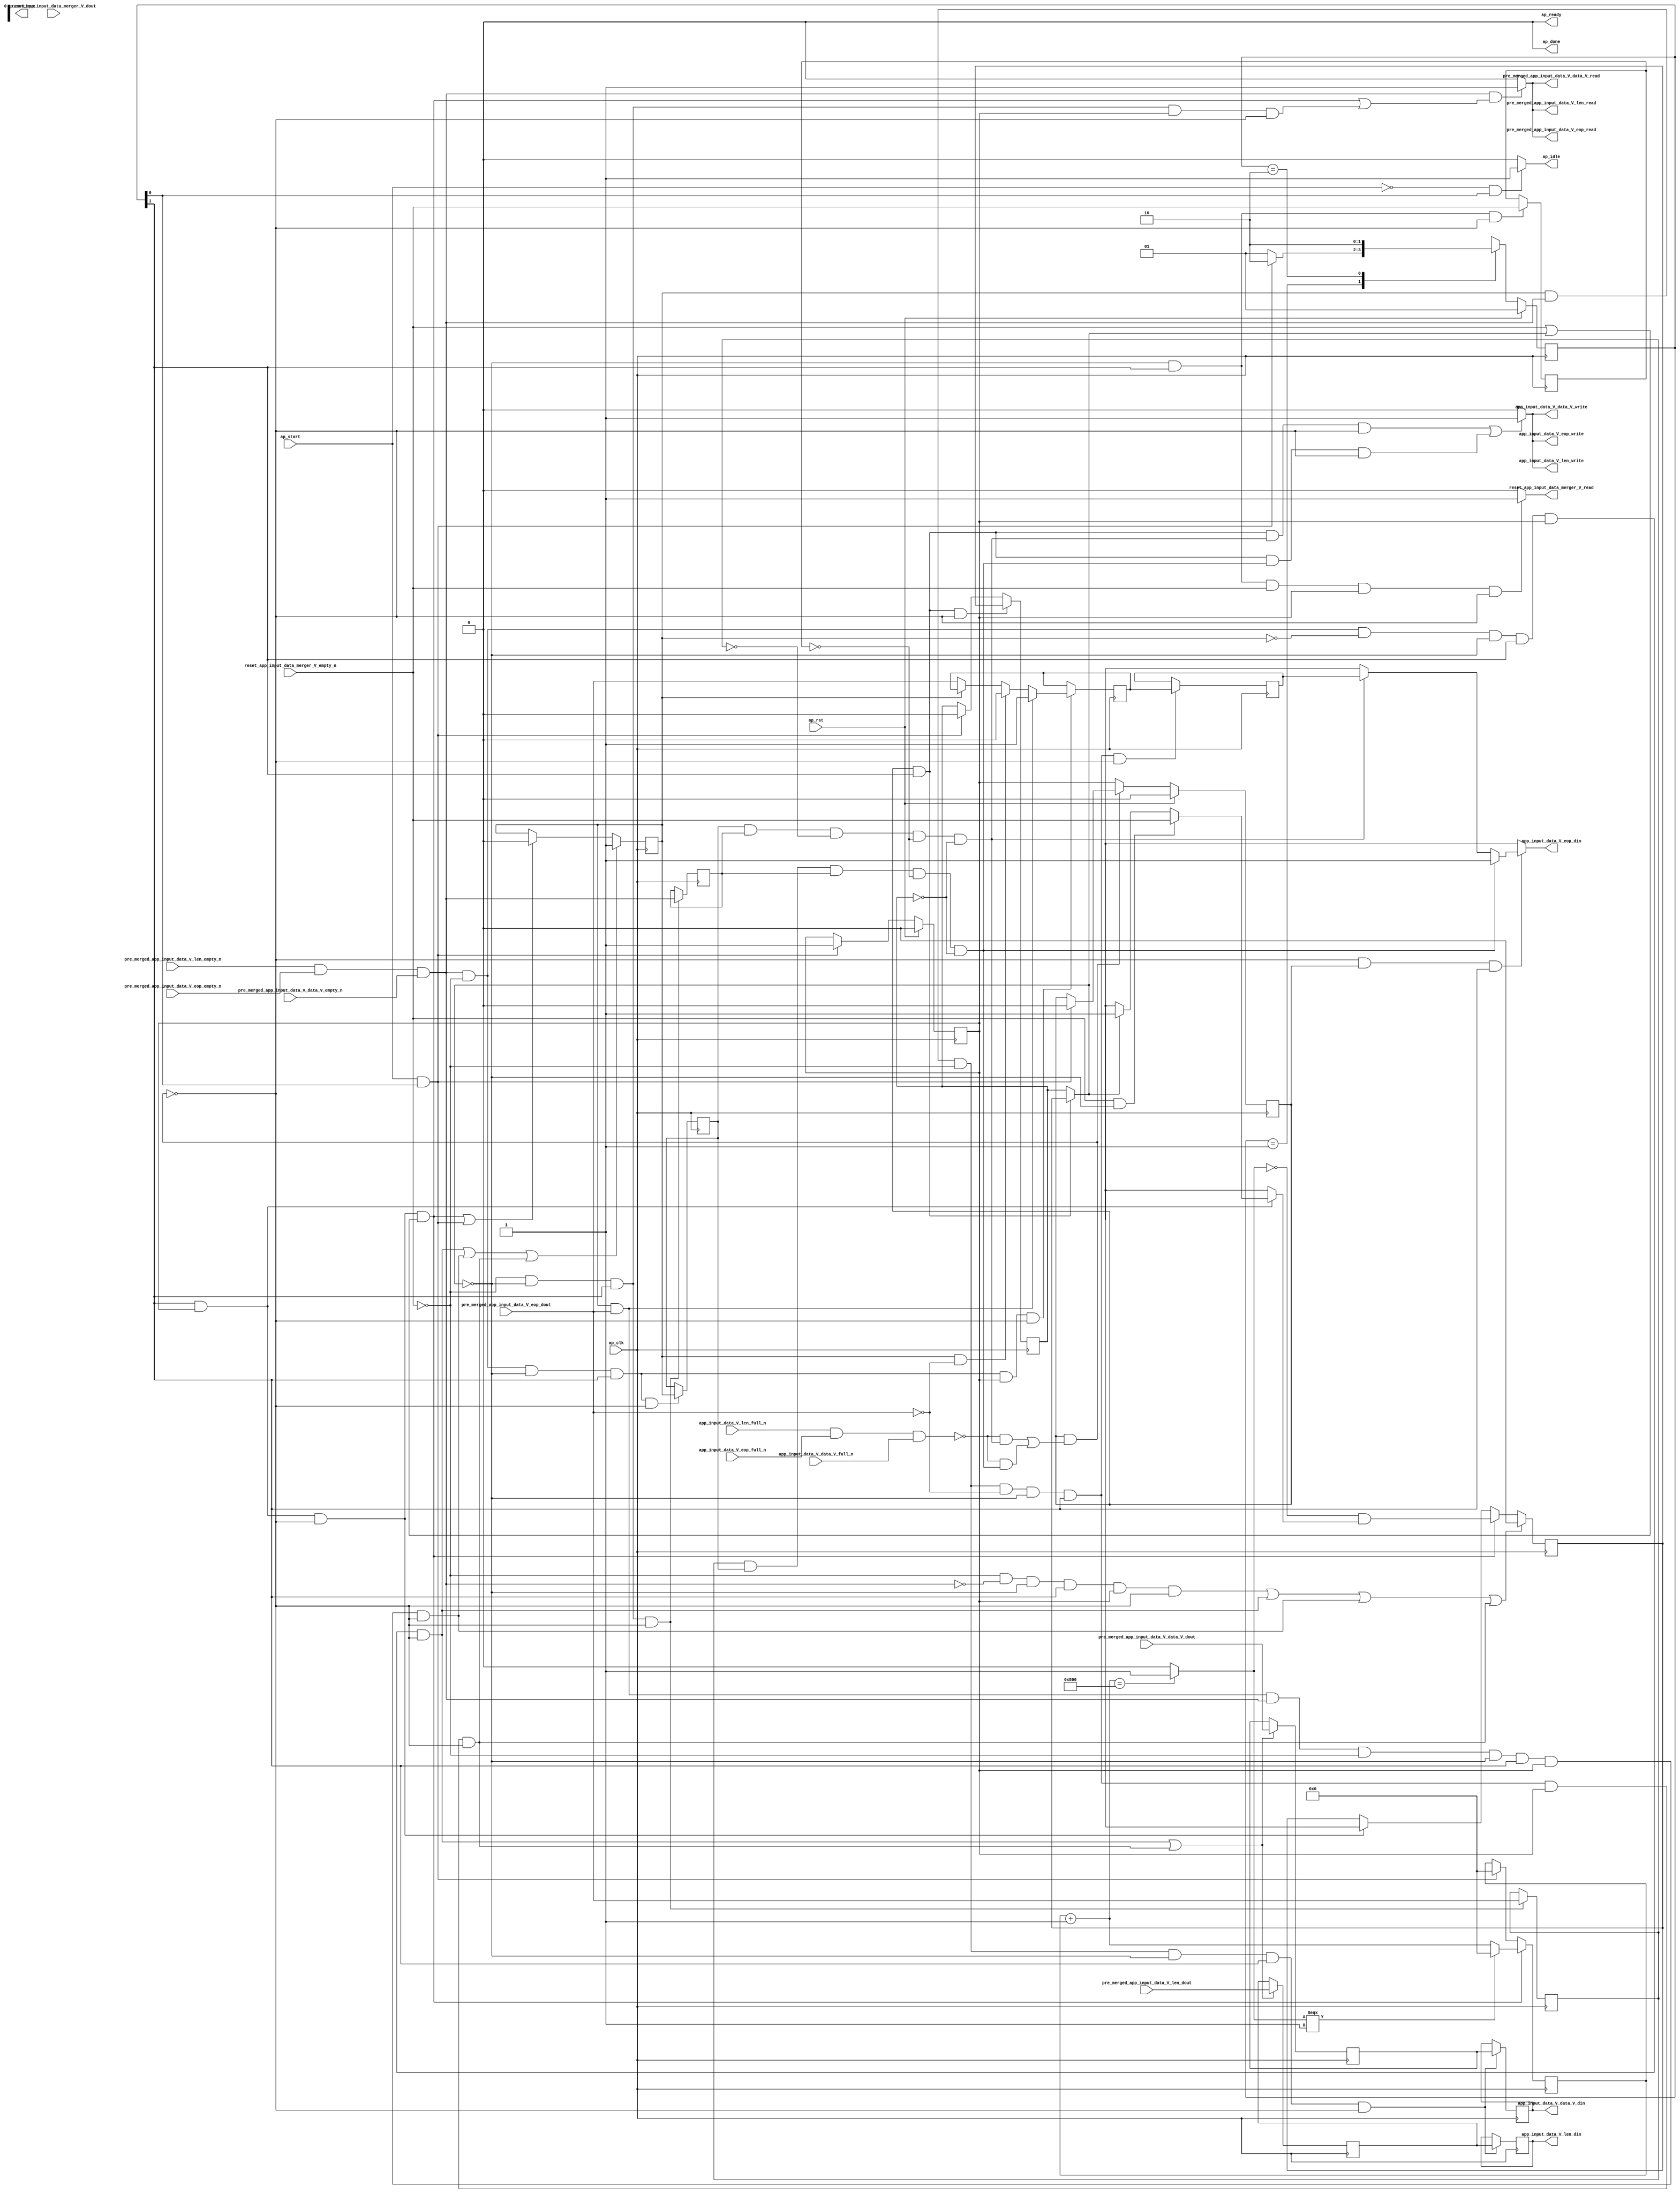
// ==============================================================
// RTL generated by Vivado(TM) HLS - High-Level Synthesis from C, C++ and SystemC
// Version: 2017.4.op
// Copyright (C) 1986-2018 Xilinx, Inc. All Rights Reserved.
// 
// ===========================================================

`timescale 1 ns / 1 ps 

(* CORE_GENERATION_INFO="app_input_data_merger,hls_ip_2017_4_op,{HLS_INPUT_TYPE=cxx,HLS_INPUT_FLOAT=0,HLS_INPUT_FIXED=0,HLS_INPUT_PART=xcvu9p-flgb2104-2-i,HLS_INPUT_CLOCK=4.000000,HLS_INPUT_ARCH=others,HLS_SYN_CLOCK=2.997000,HLS_SYN_LAT=-1,HLS_SYN_TPT=none,HLS_SYN_MEM=0,HLS_SYN_DSP=0,HLS_SYN_FF=1101,HLS_SYN_LUT=337}" *)

module app_input_data_merger (
        ap_clk,
        ap_rst,
        ap_start,
        ap_done,
ap_continue,
        ap_idle,
        ap_ready,
        pre_merged_app_input_data_V_data_V_dout,
        pre_merged_app_input_data_V_data_V_empty_n,
        pre_merged_app_input_data_V_data_V_read,
        pre_merged_app_input_data_V_len_dout,
        pre_merged_app_input_data_V_len_empty_n,
        pre_merged_app_input_data_V_len_read,
        pre_merged_app_input_data_V_eop_dout,
        pre_merged_app_input_data_V_eop_empty_n,
        pre_merged_app_input_data_V_eop_read,
        app_input_data_V_data_V_din,
        app_input_data_V_data_V_full_n,
        app_input_data_V_data_V_write,
        app_input_data_V_len_din,
        app_input_data_V_len_full_n,
        app_input_data_V_len_write,
        app_input_data_V_eop_din,
        app_input_data_V_eop_full_n,
        app_input_data_V_eop_write,
        reset_app_input_data_merger_V_dout,
        reset_app_input_data_merger_V_empty_n,
        reset_app_input_data_merger_V_read
);

parameter    ap_ST_fsm_state1 = 2'd1;
parameter    ap_ST_fsm_pp0_stage0 = 2'd2;

input   ap_clk;
input   ap_rst;
input   ap_start;
output   ap_done;
output   ap_idle;
output ap_ready; output ap_continue;
input  [511:0] pre_merged_app_input_data_V_data_V_dout;
input   pre_merged_app_input_data_V_data_V_empty_n;
output   pre_merged_app_input_data_V_data_V_read;
input  [15:0] pre_merged_app_input_data_V_len_dout;
input   pre_merged_app_input_data_V_len_empty_n;
output   pre_merged_app_input_data_V_len_read;
input   pre_merged_app_input_data_V_eop_dout;
input   pre_merged_app_input_data_V_eop_empty_n;
output   pre_merged_app_input_data_V_eop_read;
output  [511:0] app_input_data_V_data_V_din;
input   app_input_data_V_data_V_full_n;
output   app_input_data_V_data_V_write;
output  [15:0] app_input_data_V_len_din;
input   app_input_data_V_len_full_n;
output   app_input_data_V_len_write;
output   app_input_data_V_eop_din;
input   app_input_data_V_eop_full_n;
output   app_input_data_V_eop_write;
input   reset_app_input_data_merger_V_dout;
input   reset_app_input_data_merger_V_empty_n;
output   reset_app_input_data_merger_V_read;

reg ap_idle;
reg app_input_data_V_eop_din;
reg reset_app_input_data_merger_V_read;

(* fsm_encoding = "none" *) reg   [1:0] ap_CS_fsm;
wire    ap_CS_fsm_state1;
reg    app_input_data_V_data_V_blk_n;
wire    ap_CS_fsm_pp0_stage0;
reg    ap_enable_reg_pp0_iter1;
wire    ap_block_pp0_stage0;
reg   [0:0] reset_reg_190;
reg   [0:0] empty_n_3_reg_381;
reg   [0:0] empty_n_2_reg_385;
reg   [0:0] has_delayed_app_load_reg_393;
reg   [0:0] tmp_eop_2_reg_389;
reg    app_input_data_V_len_blk_n;
reg    app_input_data_V_eop_blk_n;
reg   [0:0] reset_3_reg_212;
wire   [0:0] empty_n_3_fu_256_p1;
wire    ap_block_state2_pp0_stage0_iter0;
wire    app_input_data_V_len1_status;
reg    ap_predicate_op71_write_state3;
reg    ap_predicate_op72_write_state3;
reg    ap_block_state3_pp0_stage0_iter1;
reg    ap_block_pp0_stage0_11001;
reg   [0:0] ap_phi_mux_reset_phi_fu_194_p4;
wire   [0:0] empty_n_2_fu_261_p1;
wire   [0:0] tmp_eop_2_fu_275_p1;
wire   [0:0] has_delayed_app_load_load_fu_279_p1;
reg   [511:0] tmp_data_V_load_reg_397;
reg   [15:0] tmp_len_load_reg_402;
reg   [0:0] tmp_eop_load_reg_407;
reg    ap_enable_reg_pp0_iter0;
reg    ap_block_pp0_stage0_subdone;
reg   [0:0] ap_phi_mux_reset_1_phi_fu_205_p4;
wire   [0:0] ap_phi_reg_pp0_iter0_reset_1_reg_202;
wire   [0:0] p_reset_1_fu_327_p2;
wire   [0:0] ap_phi_reg_pp0_iter0_reset_3_reg_212;
reg    pre_merged_app_input_data_V_len0_update;
wire   [0:0] grp_nbread_fu_166_p4_0;
reg    app_input_data_V_len1_update;
reg    ap_block_pp0_stage0_01001;
reg   [31:0] reset_cnt_fu_140;
wire   [31:0] p_s_fu_334_p3;
reg   [511:0] tmp_data_V_fu_144;
reg   [15:0] tmp_len_fu_148;
reg   [0:0] tmp_eop_fu_152;
reg   [0:0] has_delayed_app_fu_156;
wire   [31:0] reset_cnt_1_fu_309_p2;
wire   [0:0] tmp_3_fu_315_p2;
wire   [0:0] not_s_fu_321_p2;
reg   [1:0] ap_NS_fsm;
reg    ap_idle_pp0;
wire    ap_enable_pp0;
reg    ap_condition_147;
reg    ap_condition_205;
reg    ap_condition_294;

// power-on initialization
initial begin
#0 ap_CS_fsm = 2'd1;
#0 ap_enable_reg_pp0_iter1 = 1'b0;
#0 ap_enable_reg_pp0_iter0 = 1'b0;
end

always @ (posedge ap_clk) begin
    if (ap_rst == 1'b1) begin
        ap_CS_fsm <= ap_ST_fsm_state1;
    end else begin
        ap_CS_fsm <= ap_NS_fsm;
    end
end

always @ (posedge ap_clk) begin
    if (ap_rst == 1'b1) begin
        ap_enable_reg_pp0_iter0 <= 1'b0;
    end else begin
        if (((ap_start == 1'b1) & (1'b1 == ap_CS_fsm_state1))) begin
            ap_enable_reg_pp0_iter0 <= 1'b1;
        end
    end
end

always @ (posedge ap_clk) begin
    if (ap_rst == 1'b1) begin
        ap_enable_reg_pp0_iter1 <= 1'b0;
    end else begin
        if ((1'b0 == ap_block_pp0_stage0_subdone)) begin
            ap_enable_reg_pp0_iter1 <= ap_enable_reg_pp0_iter0;
        end else if (((ap_start == 1'b1) & (1'b1 == ap_CS_fsm_state1))) begin
            ap_enable_reg_pp0_iter1 <= 1'b0;
        end
    end
end

always @ (posedge ap_clk) begin
    if ((((empty_n_2_fu_261_p1 == 1'd1) & (empty_n_3_fu_256_p1 == 1'd0) & (has_delayed_app_load_load_fu_279_p1 == 1'd0) & (ap_phi_mux_reset_phi_fu_194_p4 == 1'd0) & (1'b1 == ap_CS_fsm_pp0_stage0) & (ap_enable_reg_pp0_iter0 == 1'b1) & (1'b0 == ap_block_pp0_stage0_11001)) | ((has_delayed_app_load_load_fu_279_p1 == 1'd1) & (tmp_eop_2_fu_275_p1 == 1'd1) & (empty_n_2_fu_261_p1 == 1'd1) & (empty_n_3_fu_256_p1 == 1'd0) & (ap_phi_mux_reset_phi_fu_194_p4 == 1'd0) & (1'b1 == ap_CS_fsm_pp0_stage0) & (ap_enable_reg_pp0_iter0 == 1'b1) & (1'b0 == ap_block_pp0_stage0_11001)) | ((has_delayed_app_load_load_fu_279_p1 == 1'd1) & (empty_n_2_fu_261_p1 == 1'd1) & (empty_n_3_fu_256_p1 == 1'd0) & (tmp_eop_2_fu_275_p1 == 1'd0) & (ap_phi_mux_reset_phi_fu_194_p4 == 1'd0) & (1'b1 == ap_CS_fsm_pp0_stage0) & (ap_enable_reg_pp0_iter0 == 1'b1) & (1'b0 == ap_block_pp0_stage0_11001)))) begin
        has_delayed_app_fu_156 <= 1'd1;
    end else if ((((1'b1 == ap_CS_fsm_pp0_stage0) & (ap_enable_reg_pp0_iter0 == 1'b1) & (1'b0 == ap_block_pp0_stage0_11001) & ((empty_n_3_fu_256_p1 == 1'd1) | (ap_phi_mux_reset_phi_fu_194_p4 == 1'd1))) | ((ap_start == 1'b1) & (1'b1 == ap_CS_fsm_state1)))) begin
        has_delayed_app_fu_156 <= 1'd0;
    end
end

always @ (posedge ap_clk) begin
    if ((((empty_n_3_fu_256_p1 == 1'd0) & (empty_n_2_fu_261_p1 == 1'd0) & (ap_phi_mux_reset_phi_fu_194_p4 == 1'd0) & (1'b1 == ap_CS_fsm_pp0_stage0) & (ap_enable_reg_pp0_iter0 == 1'b1) & (1'b0 == ap_block_pp0_stage0_11001)) | ((empty_n_2_fu_261_p1 == 1'd1) & (empty_n_3_fu_256_p1 == 1'd0) & (has_delayed_app_load_load_fu_279_p1 == 1'd0) & (ap_phi_mux_reset_phi_fu_194_p4 == 1'd0) & (1'b1 == ap_CS_fsm_pp0_stage0) & (ap_enable_reg_pp0_iter0 == 1'b1) & (1'b0 == ap_block_pp0_stage0_11001)) | ((has_delayed_app_load_load_fu_279_p1 == 1'd1) & (tmp_eop_2_fu_275_p1 == 1'd1) & (empty_n_2_fu_261_p1 == 1'd1) & (empty_n_3_fu_256_p1 == 1'd0) & (ap_phi_mux_reset_phi_fu_194_p4 == 1'd0) & (1'b1 == ap_CS_fsm_pp0_stage0) & (ap_enable_reg_pp0_iter0 == 1'b1) & (1'b0 == ap_block_pp0_stage0_11001)) | ((has_delayed_app_load_load_fu_279_p1 == 1'd1) & (empty_n_2_fu_261_p1 == 1'd1) & (empty_n_3_fu_256_p1 == 1'd0) & (tmp_eop_2_fu_275_p1 == 1'd0) & (ap_phi_mux_reset_phi_fu_194_p4 == 1'd0) & (1'b1 == ap_CS_fsm_pp0_stage0) & (ap_enable_reg_pp0_iter0 == 1'b1) & (1'b0 == ap_block_pp0_stage0_11001)))) begin
        reset_3_reg_212 <= 1'd0;
    end else if (((1'b1 == ap_CS_fsm_pp0_stage0) & (ap_enable_reg_pp0_iter0 == 1'b1) & (1'b0 == ap_block_pp0_stage0_11001) & ((empty_n_3_fu_256_p1 == 1'd1) | (ap_phi_mux_reset_phi_fu_194_p4 == 1'd1)))) begin
        reset_3_reg_212 <= p_reset_1_fu_327_p2;
    end else if (((1'b1 == ap_CS_fsm_pp0_stage0) & (ap_enable_reg_pp0_iter0 == 1'b1) & (1'b0 == ap_block_pp0_stage0_11001))) begin
        reset_3_reg_212 <= ap_phi_reg_pp0_iter0_reset_3_reg_212;
    end
end

always @ (posedge ap_clk) begin
    if (((1'b1 == ap_CS_fsm_pp0_stage0) & (ap_enable_reg_pp0_iter0 == 1'b1) & (1'b0 == ap_block_pp0_stage0_11001) & ((empty_n_3_fu_256_p1 == 1'd1) | (ap_phi_mux_reset_phi_fu_194_p4 == 1'd1)))) begin
        reset_cnt_fu_140 <= p_s_fu_334_p3;
    end else if (((ap_start == 1'b1) & (1'b1 == ap_CS_fsm_state1))) begin
        reset_cnt_fu_140 <= 32'd0;
    end
end

always @ (posedge ap_clk) begin
    if (((ap_enable_reg_pp0_iter1 == 1'b1) & (1'b1 == ap_CS_fsm_pp0_stage0) & (1'b0 == ap_block_pp0_stage0_11001))) begin
        reset_reg_190 <= reset_3_reg_212;
    end else if (((ap_start == 1'b1) & (1'b1 == ap_CS_fsm_state1))) begin
        reset_reg_190 <= 1'd0;
    end
end

always @ (posedge ap_clk) begin
    if ((1'b1 == ap_condition_294)) begin
        if (((has_delayed_app_load_load_fu_279_p1 == 1'd1) & (tmp_eop_2_fu_275_p1 == 1'd1))) begin
            tmp_eop_fu_152 <= 1'd1;
        end else if (((has_delayed_app_load_load_fu_279_p1 == 1'd1) & (tmp_eop_2_fu_275_p1 == 1'd0))) begin
            tmp_eop_fu_152 <= 1'd0;
        end else if ((has_delayed_app_load_load_fu_279_p1 == 1'd0)) begin
            tmp_eop_fu_152 <= pre_merged_app_input_data_V_eop_dout;
        end
    end
end

always @ (posedge ap_clk) begin
    if (((empty_n_3_fu_256_p1 == 1'd0) & (ap_phi_mux_reset_phi_fu_194_p4 == 1'd0) & (1'b1 == ap_CS_fsm_pp0_stage0) & (1'b0 == ap_block_pp0_stage0_11001))) begin
        empty_n_2_reg_385 <= grp_nbread_fu_166_p4_0;
        tmp_eop_2_reg_389 <= pre_merged_app_input_data_V_eop_dout;
    end
end

always @ (posedge ap_clk) begin
    if (((ap_phi_mux_reset_phi_fu_194_p4 == 1'd0) & (1'b1 == ap_CS_fsm_pp0_stage0) & (1'b0 == ap_block_pp0_stage0_11001))) begin
        empty_n_3_reg_381 <= reset_app_input_data_merger_V_empty_n;
    end
end

always @ (posedge ap_clk) begin
    if (((empty_n_2_fu_261_p1 == 1'd1) & (empty_n_3_fu_256_p1 == 1'd0) & (ap_phi_mux_reset_phi_fu_194_p4 == 1'd0) & (1'b1 == ap_CS_fsm_pp0_stage0) & (1'b0 == ap_block_pp0_stage0_11001))) begin
        has_delayed_app_load_reg_393 <= has_delayed_app_fu_156;
    end
end

always @ (posedge ap_clk) begin
    if ((((empty_n_2_fu_261_p1 == 1'd1) & (empty_n_3_fu_256_p1 == 1'd0) & (has_delayed_app_load_load_fu_279_p1 == 1'd0) & (ap_phi_mux_reset_phi_fu_194_p4 == 1'd0) & (1'b1 == ap_CS_fsm_pp0_stage0) & (ap_enable_reg_pp0_iter0 == 1'b1) & (1'b0 == ap_block_pp0_stage0_11001)) | ((has_delayed_app_load_load_fu_279_p1 == 1'd1) & (empty_n_2_fu_261_p1 == 1'd1) & (empty_n_3_fu_256_p1 == 1'd0) & (tmp_eop_2_fu_275_p1 == 1'd0) & (ap_phi_mux_reset_phi_fu_194_p4 == 1'd0) & (1'b1 == ap_CS_fsm_pp0_stage0) & (ap_enable_reg_pp0_iter0 == 1'b1) & (1'b0 == ap_block_pp0_stage0_11001)))) begin
        tmp_data_V_fu_144 <= pre_merged_app_input_data_V_data_V_dout;
        tmp_len_fu_148 <= pre_merged_app_input_data_V_len_dout;
    end
end

always @ (posedge ap_clk) begin
    if (((has_delayed_app_load_load_fu_279_p1 == 1'd1) & (empty_n_2_fu_261_p1 == 1'd1) & (empty_n_3_fu_256_p1 == 1'd0) & (ap_phi_mux_reset_phi_fu_194_p4 == 1'd0) & (1'b1 == ap_CS_fsm_pp0_stage0) & (1'b0 == ap_block_pp0_stage0_11001))) begin
        tmp_data_V_load_reg_397 <= tmp_data_V_fu_144;
        tmp_len_load_reg_402 <= tmp_len_fu_148;
    end
end

always @ (posedge ap_clk) begin
    if (((has_delayed_app_load_load_fu_279_p1 == 1'd1) & (empty_n_2_fu_261_p1 == 1'd1) & (empty_n_3_fu_256_p1 == 1'd0) & (tmp_eop_2_fu_275_p1 == 1'd0) & (ap_phi_mux_reset_phi_fu_194_p4 == 1'd0) & (1'b1 == ap_CS_fsm_pp0_stage0) & (1'b0 == ap_block_pp0_stage0_11001))) begin
        tmp_eop_load_reg_407 <= tmp_eop_fu_152;
    end
end

always @ (*) begin
    if (((ap_start == 1'b0) & (1'b1 == ap_CS_fsm_state1))) begin
        ap_idle = 1'b1;
    end else begin
        ap_idle = 1'b0;
    end
end

always @ (*) begin
    if (((ap_enable_reg_pp0_iter1 == 1'b0) & (ap_enable_reg_pp0_iter0 == 1'b0))) begin
        ap_idle_pp0 = 1'b1;
    end else begin
        ap_idle_pp0 = 1'b0;
    end
end

always @ (*) begin
    if ((1'b1 == ap_condition_147)) begin
        if (((empty_n_3_fu_256_p1 == 1'd1) & (ap_phi_mux_reset_phi_fu_194_p4 == 1'd0))) begin
            ap_phi_mux_reset_1_phi_fu_205_p4 = reset_app_input_data_merger_V_empty_n;
        end else if ((ap_phi_mux_reset_phi_fu_194_p4 == 1'd1)) begin
            ap_phi_mux_reset_1_phi_fu_205_p4 = ap_phi_mux_reset_phi_fu_194_p4;
        end else begin
            ap_phi_mux_reset_1_phi_fu_205_p4 = ap_phi_reg_pp0_iter0_reset_1_reg_202;
        end
    end else begin
        ap_phi_mux_reset_1_phi_fu_205_p4 = ap_phi_reg_pp0_iter0_reset_1_reg_202;
    end
end

always @ (*) begin
    if (((1'b0 == ap_block_pp0_stage0) & (ap_enable_reg_pp0_iter1 == 1'b1) & (1'b1 == ap_CS_fsm_pp0_stage0))) begin
        ap_phi_mux_reset_phi_fu_194_p4 = reset_3_reg_212;
    end else begin
        ap_phi_mux_reset_phi_fu_194_p4 = reset_reg_190;
    end
end

always @ (*) begin
    if ((((has_delayed_app_load_reg_393 == 1'd1) & (empty_n_2_reg_385 == 1'd1) & (tmp_eop_2_reg_389 == 1'd0) & (empty_n_3_reg_381 == 1'd0) & (reset_reg_190 == 1'd0) & (1'b0 == ap_block_pp0_stage0) & (ap_enable_reg_pp0_iter1 == 1'b1) & (1'b1 == ap_CS_fsm_pp0_stage0)) | ((tmp_eop_2_reg_389 == 1'd1) & (has_delayed_app_load_reg_393 == 1'd1) & (empty_n_2_reg_385 == 1'd1) & (empty_n_3_reg_381 == 1'd0) & (reset_reg_190 == 1'd0) & (1'b0 == ap_block_pp0_stage0) & (ap_enable_reg_pp0_iter1 == 1'b1) & (1'b1 == ap_CS_fsm_pp0_stage0)))) begin
        app_input_data_V_data_V_blk_n = app_input_data_V_data_V_full_n;
    end else begin
        app_input_data_V_data_V_blk_n = 1'b1;
    end
end

always @ (*) begin
    if ((((has_delayed_app_load_reg_393 == 1'd1) & (empty_n_2_reg_385 == 1'd1) & (tmp_eop_2_reg_389 == 1'd0) & (empty_n_3_reg_381 == 1'd0) & (reset_reg_190 == 1'd0) & (1'b0 == ap_block_pp0_stage0) & (ap_enable_reg_pp0_iter1 == 1'b1) & (1'b1 == ap_CS_fsm_pp0_stage0)) | ((tmp_eop_2_reg_389 == 1'd1) & (has_delayed_app_load_reg_393 == 1'd1) & (empty_n_2_reg_385 == 1'd1) & (empty_n_3_reg_381 == 1'd0) & (reset_reg_190 == 1'd0) & (1'b0 == ap_block_pp0_stage0) & (ap_enable_reg_pp0_iter1 == 1'b1) & (1'b1 == ap_CS_fsm_pp0_stage0)))) begin
        app_input_data_V_eop_blk_n = app_input_data_V_eop_full_n;
    end else begin
        app_input_data_V_eop_blk_n = 1'b1;
    end
end

always @ (*) begin
    if ((1'b1 == ap_condition_205)) begin
        if ((ap_predicate_op72_write_state3 == 1'b1)) begin
            app_input_data_V_eop_din = 1'd1;
        end else if ((ap_predicate_op71_write_state3 == 1'b1)) begin
            app_input_data_V_eop_din = tmp_eop_load_reg_407;
        end else begin
            app_input_data_V_eop_din = 'bx;
        end
    end else begin
        app_input_data_V_eop_din = 'bx;
    end
end

always @ (*) begin
    if ((((ap_enable_reg_pp0_iter1 == 1'b1) & (1'b1 == ap_CS_fsm_pp0_stage0) & (ap_predicate_op71_write_state3 == 1'b1) & (1'b0 == ap_block_pp0_stage0_11001)) | ((ap_enable_reg_pp0_iter1 == 1'b1) & (1'b1 == ap_CS_fsm_pp0_stage0) & (ap_predicate_op72_write_state3 == 1'b1) & (1'b0 == ap_block_pp0_stage0_11001)))) begin
        app_input_data_V_len1_update = 1'b1;
    end else begin
        app_input_data_V_len1_update = 1'b0;
    end
end

always @ (*) begin
    if ((((has_delayed_app_load_reg_393 == 1'd1) & (empty_n_2_reg_385 == 1'd1) & (tmp_eop_2_reg_389 == 1'd0) & (empty_n_3_reg_381 == 1'd0) & (reset_reg_190 == 1'd0) & (1'b0 == ap_block_pp0_stage0) & (ap_enable_reg_pp0_iter1 == 1'b1) & (1'b1 == ap_CS_fsm_pp0_stage0)) | ((tmp_eop_2_reg_389 == 1'd1) & (has_delayed_app_load_reg_393 == 1'd1) & (empty_n_2_reg_385 == 1'd1) & (empty_n_3_reg_381 == 1'd0) & (reset_reg_190 == 1'd0) & (1'b0 == ap_block_pp0_stage0) & (ap_enable_reg_pp0_iter1 == 1'b1) & (1'b1 == ap_CS_fsm_pp0_stage0)))) begin
        app_input_data_V_len_blk_n = app_input_data_V_len_full_n;
    end else begin
        app_input_data_V_len_blk_n = 1'b1;
    end
end

always @ (*) begin
    if ((((pre_merged_app_input_data_V_len_empty_n & pre_merged_app_input_data_V_eop_empty_n & pre_merged_app_input_data_V_data_V_empty_n) == 1'b1) & (((1'b1 == ap_CS_fsm_pp0_stage0) & (ap_enable_reg_pp0_iter0 == 1'b1) & (1'b0 == ap_block_pp0_stage0_11001) & ((empty_n_3_fu_256_p1 == 1'd1) | (ap_phi_mux_reset_phi_fu_194_p4 == 1'd1))) | ((empty_n_3_fu_256_p1 == 1'd0) & (ap_phi_mux_reset_phi_fu_194_p4 == 1'd0) & (1'b1 == ap_CS_fsm_pp0_stage0) & (ap_enable_reg_pp0_iter0 == 1'b1) & (1'b0 == ap_block_pp0_stage0_11001))))) begin
        pre_merged_app_input_data_V_len0_update = 1'b1;
    end else begin
        pre_merged_app_input_data_V_len0_update = 1'b0;
    end
end

always @ (*) begin
    if (((ap_phi_mux_reset_phi_fu_194_p4 == 1'd0) & (1'b1 == ap_CS_fsm_pp0_stage0) & (reset_app_input_data_merger_V_empty_n == 1'b1) & (ap_enable_reg_pp0_iter0 == 1'b1) & (1'b0 == ap_block_pp0_stage0_11001))) begin
        reset_app_input_data_merger_V_read = 1'b1;
    end else begin
        reset_app_input_data_merger_V_read = 1'b0;
    end
end

always @ (*) begin
    case (ap_CS_fsm)
        ap_ST_fsm_state1 : begin
            if (((ap_start == 1'b1) & (1'b1 == ap_CS_fsm_state1))) begin
                ap_NS_fsm = ap_ST_fsm_pp0_stage0;
            end else begin
                ap_NS_fsm = ap_ST_fsm_state1;
            end
        end
        ap_ST_fsm_pp0_stage0 : begin
            ap_NS_fsm = ap_ST_fsm_pp0_stage0;
        end
        default : begin
            ap_NS_fsm = 'bx;
        end
    endcase
end

assign ap_CS_fsm_pp0_stage0 = ap_CS_fsm[32'd1];

assign ap_CS_fsm_state1 = ap_CS_fsm[32'd0];

assign ap_block_pp0_stage0 = ~(1'b1 == 1'b1);

always @ (*) begin
    ap_block_pp0_stage0_01001 = ((ap_enable_reg_pp0_iter1 == 1'b1) & (((app_input_data_V_len1_status == 1'b0) & (ap_predicate_op71_write_state3 == 1'b1)) | ((app_input_data_V_len1_status == 1'b0) & (ap_predicate_op72_write_state3 == 1'b1))));
end

always @ (*) begin
    ap_block_pp0_stage0_11001 = ((ap_enable_reg_pp0_iter1 == 1'b1) & (((app_input_data_V_len1_status == 1'b0) & (ap_predicate_op71_write_state3 == 1'b1)) | ((app_input_data_V_len1_status == 1'b0) & (ap_predicate_op72_write_state3 == 1'b1))));
end

always @ (*) begin
    ap_block_pp0_stage0_subdone = ((ap_enable_reg_pp0_iter1 == 1'b1) & (((app_input_data_V_len1_status == 1'b0) & (ap_predicate_op71_write_state3 == 1'b1)) | ((app_input_data_V_len1_status == 1'b0) & (ap_predicate_op72_write_state3 == 1'b1))));
end

assign ap_block_state2_pp0_stage0_iter0 = ~(1'b1 == 1'b1);

always @ (*) begin
    ap_block_state3_pp0_stage0_iter1 = (((app_input_data_V_len1_status == 1'b0) & (ap_predicate_op71_write_state3 == 1'b1)) | ((app_input_data_V_len1_status == 1'b0) & (ap_predicate_op72_write_state3 == 1'b1)));
end

always @ (*) begin
    ap_condition_147 = ((1'b0 == ap_block_pp0_stage0) & (1'b1 == ap_CS_fsm_pp0_stage0) & (ap_enable_reg_pp0_iter0 == 1'b1));
end

always @ (*) begin
    ap_condition_205 = ((1'b0 == ap_block_pp0_stage0_01001) & (ap_enable_reg_pp0_iter1 == 1'b1) & (1'b1 == ap_CS_fsm_pp0_stage0));
end

always @ (*) begin
    ap_condition_294 = ((empty_n_2_fu_261_p1 == 1'd1) & (empty_n_3_fu_256_p1 == 1'd0) & (ap_phi_mux_reset_phi_fu_194_p4 == 1'd0) & (1'b1 == ap_CS_fsm_pp0_stage0) & (ap_enable_reg_pp0_iter0 == 1'b1) & (1'b0 == ap_block_pp0_stage0_11001));
end

assign ap_done = 1'b0;

assign ap_enable_pp0 = (ap_idle_pp0 ^ 1'b1);

assign ap_phi_reg_pp0_iter0_reset_1_reg_202 = 'bx;

assign ap_phi_reg_pp0_iter0_reset_3_reg_212 = 'bx;

always @ (*) begin
    ap_predicate_op71_write_state3 = ((has_delayed_app_load_reg_393 == 1'd1) & (empty_n_2_reg_385 == 1'd1) & (tmp_eop_2_reg_389 == 1'd0) & (empty_n_3_reg_381 == 1'd0) & (reset_reg_190 == 1'd0));
end

always @ (*) begin
    ap_predicate_op72_write_state3 = ((tmp_eop_2_reg_389 == 1'd1) & (has_delayed_app_load_reg_393 == 1'd1) & (empty_n_2_reg_385 == 1'd1) & (empty_n_3_reg_381 == 1'd0) & (reset_reg_190 == 1'd0));
end

assign ap_ready = 1'b0;

assign app_input_data_V_data_V_din = tmp_data_V_load_reg_397;

assign app_input_data_V_data_V_write = app_input_data_V_len1_update;

assign app_input_data_V_eop_write = app_input_data_V_len1_update;

assign app_input_data_V_len1_status = (app_input_data_V_len_full_n & app_input_data_V_eop_full_n & app_input_data_V_data_V_full_n);

assign app_input_data_V_len_din = tmp_len_load_reg_402;

assign app_input_data_V_len_write = app_input_data_V_len1_update;

assign empty_n_2_fu_261_p1 = grp_nbread_fu_166_p4_0;

assign empty_n_3_fu_256_p1 = reset_app_input_data_merger_V_empty_n;

assign grp_nbread_fu_166_p4_0 = (pre_merged_app_input_data_V_len_empty_n & pre_merged_app_input_data_V_eop_empty_n & pre_merged_app_input_data_V_data_V_empty_n);

assign has_delayed_app_load_load_fu_279_p1 = has_delayed_app_fu_156;

assign not_s_fu_321_p2 = (tmp_3_fu_315_p2 ^ 1'd1);

assign p_reset_1_fu_327_p2 = (not_s_fu_321_p2 & ap_phi_mux_reset_1_phi_fu_205_p4);

assign p_s_fu_334_p3 = ((tmp_3_fu_315_p2[0:0] === 1'b1) ? 32'd0 : reset_cnt_1_fu_309_p2);

assign pre_merged_app_input_data_V_data_V_read = pre_merged_app_input_data_V_len0_update;

assign pre_merged_app_input_data_V_eop_read = pre_merged_app_input_data_V_len0_update;

assign pre_merged_app_input_data_V_len_read = pre_merged_app_input_data_V_len0_update;

assign reset_cnt_1_fu_309_p2 = (reset_cnt_fu_140 + 32'd1);

assign tmp_3_fu_315_p2 = ((reset_cnt_1_fu_309_p2 == 32'd2048) ? 1'b1 : 1'b0);

assign tmp_eop_2_fu_275_p1 = pre_merged_app_input_data_V_eop_dout;

endmodule //app_input_data_merger